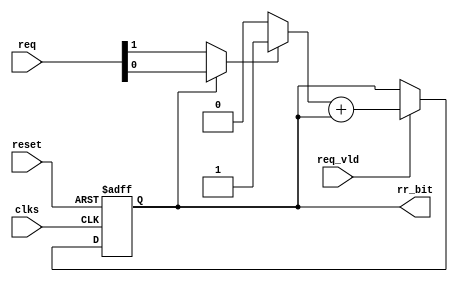
//
//------------------------------------------------------------------------------
//     Copyright (c) 2017 Huawei Technologies Co., Ltd. All Rights Reserved.
//
//     This program is free software; you can redistribute it and/or modify
//     it under the terms of the Huawei Software License (the "License").
//     A copy of the License is located in the "LICENSE" file accompanying 
//     this file.
//
//     This program is distributed in the hope that it will be useful,
//     but WITHOUT ANY WARRANTY; without even the implied warranty of
//     MERCHANTABILITY or FITNESS FOR A PARTICULAR PURPOSE. See the
//     Huawei Software License for more details. 
//------------------------------------------------------------------------------

`resetall
`timescale    1ns / 1ns

module rr2
   #(
        parameter       REQ_W                   = 2       ,      
        parameter       RR_NUM_W                = 1                                       
    )  
    (
        input                                   reset      ,
        input                                   clks       ,
        
        input          [REQ_W-1:0]              req        ,
        input                                   req_vld    ,
        output  reg    [RR_NUM_W-1:0]           rr_bit     

    );
    
//======================================================================================================================
//signal
//======================================================================================================================

reg     [REQ_W-1:0]                             shift_req  ;
reg     [RR_NUM_W-1:0]                          bit_offset ;
    
//======================================================================================================================
//process
//======================================================================================================================

always @ ( * ) 
begin
    case ( rr_bit )
        2'd0  : shift_req = {req[0],req[1]};
        default : shift_req = req ;
    endcase
end

always @ ( * ) 
begin
    casex ( shift_req )
        4'b???1      : bit_offset = 1'd1 ;
        default      : bit_offset = 1'd0 ;
    endcase
end

always @(posedge clks or posedge reset)
begin
    if (reset == 1'b1) begin
        rr_bit <= {RR_NUM_W{1'b0}};
    end
    else if ( req_vld == 1'b1 )begin
        rr_bit <= bit_offset + rr_bit;
    end
    else ;
end


endmodule